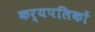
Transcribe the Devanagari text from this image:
कर्यपलिकों